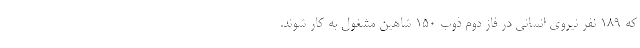
که 189 نفر نیروی انسانی در فاز دوم ذوب 150 شاهین مشغول به کار شوند.